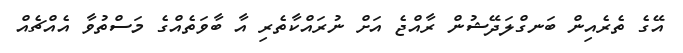
އޭގެ ތެރެއިން ބަނގްލަދޭޝުން ރާއްޖެ އަށް ނުރައްކާތެރި އާ ބާވަތެއްގެ މަސްތުވާ އެއްޗެއް